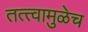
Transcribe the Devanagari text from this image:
तत्त्वामुळेच